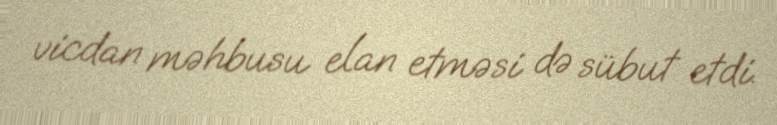
vicdan məhbusu elan etməsi də sübut etdi.